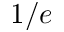
1 / e